Civil Veterinary Department. United Provinces 1912-22 - 1912-1922
Year: 1912
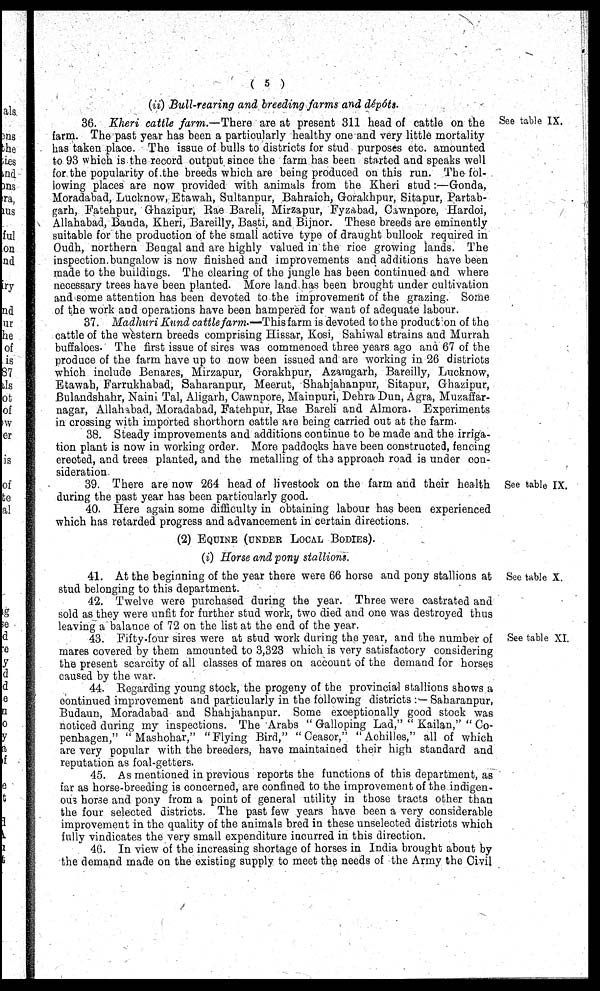
(5)
(ii) Bull-rearing and breeding farms and dépóts.
See table IX.
36. Kheri cattle farm.—There are at present 311 head of cattle on the
farm. The past year has been a particularly healthy one and very little mortality
has taken place. The issue of bulls to districts for stud purposes etc. amounted
to 93 which is the record output since the farm has been started and speaks well
for the popularity of the breeds which are being produced on this run. The fol-
lowing places are now provided with animals from the Kheri stud:—Gonda,
Moradabad, Lucknow, Etawah, Sultanpur, Bahraich, Gorakhpur, Sitapur, Partab-
garh, Fatehpur, Ghazipur, Rae Bareli, Mirzapur, Fyzabad, Cawnpore, Hardoi,
Allahabad, Banda, Kheri, Bareilly, Basti, and Bijnor. These breeds are eminently
suitable for the production of the small active type of draught bullook required in
Oudh, northern Bengal and are highly valued in the rice growing lands. The
inspection bungalow is now finished and improvements and additions have been
made to the buildings. The clearing of the jungle has been continued and where
necessary trees have been planted. More land has been brought under cultivation
and some attention has been devoted to the improvement of the grazing. Some
of the work and operations have been hampered for want of adequate labour.
37. Madhuri Kund cattle farm.—This farm is devoted to the product on of the
cattle of the western breeds comprising Hissar, Kosi, Sahiwal strains and Murrah
buffaloes. The first issue of sires was commenced three years ago and 67 of the
produce of the farm have up to now been issued and are working in 26 districts
which include Benares, Mirzapur, Gorakhpur, Azamgarh, Bareilly, Lucknow,
Etawah, Farrukhabad, Saharanpur, Meerut, Shahjahanpur, Sitapur, Ghazipur,
Bulandshahr, Naini Tal, Aligarh, Cawnpore, Mainpuri, Dehra Dun, Agra, Muzaffar-
nagar, Allahabad, Moradabad, Fatehpur, Rae Bareli and Almora. Experiments
in crossing with imported shorthorn cattle are being carried out at the farm.
38. Steady improvements and additions continue to be made and the irriga-
tion plant is now in working order. More paddocks have been constructed, fencing
crected, and trees planted, and the metalling of the approach road is under con-
sideration.
See table IX.
39. There are now 264 head of livestock on the farm and their health
during the past year has been particularly good.
40. Here again some difficulty in obtaining labour has been experienced
which has retarded progress and advancement in certain directions.
(2) Equine (under Local Bodies).
(i) Horse and pony stallions.
See table X.
41. At the beginning of the year there were 66 horse and pony stallions at
stud belonging to this department.
42. Twelve were purchased during the year. Three were castrated and
sold as they were unfit for further stud work, two died and one was destroyed thus
leaving a balance of 72 on the list at the end of the year.
See table XI.
43. Fifty-four sires were at stud work during the year, and the number of
mares covered by them amounted to 3,323 which is very satisfactory considering
the present scarcity of all classes of mares on account of the demand for horses
caused by the war.
44. Regarding young stock, the progeny of the provincial stallions shows a
continued improvement and particularly in the following districts:— Saharanpur,
Budaun, Moradabad and Shahjahanpur. Some exceptionally good stock was
noticed during my inspections. The Arabs "Galloping Lad," "Kailan," "Co-
penhagen," "Mashohar," "Flying Bird," "Ceasor," "Achilles," all of which
are very popular with the breeders, have maintained their high standard and
reputation as foal-getters.
45. As mentioned in previous reports the functions of this department, as
far as horse-breeding is concerned, are confined to the improvement of the indigen-
ous horse and pony from a point of general utility in those tracts other than
the four selected districts. The past few years have been a very considerable
improvement in the quality of the animals bred in these unselected districts which
fully vindicates the very small expenditure incurred in this direction.
46. In view of the increasing shortage of horses in India brought about by
the demand made on the existing supply to meet the needs of the Army the Civil